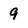
Character: 9